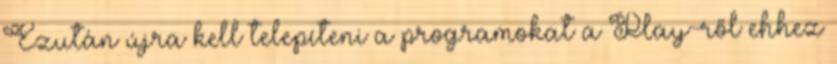
Ezután újra kell telepíteni a programokat a Play-ről ehhez